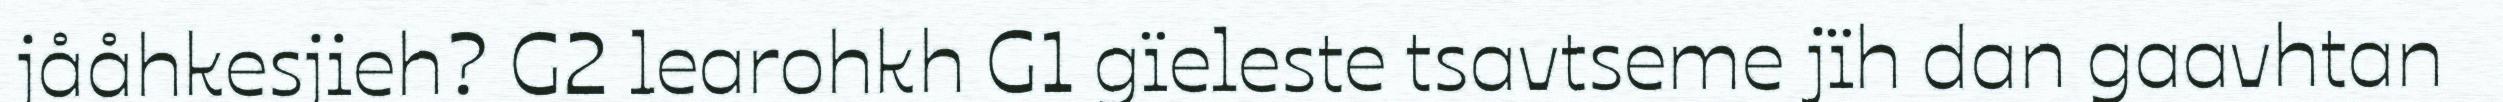
jååhkesjieh? G2 learohkh G1 gïeleste tsavtseme jïh dan gaavhtan